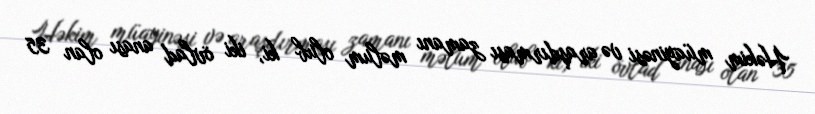
Həkim müayinəsi və araşdırması zamanı məlum olub ki, iki övlad anası olan 35